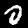
Label: 0